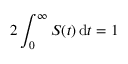
2 \int _ { 0 } ^ { \infty } S ( t ) \, \mathrm { d } t = 1